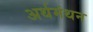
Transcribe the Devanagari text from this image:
अर्थमंथन